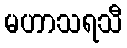
မဟာသရသီ